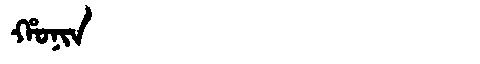
Manchu: ᡥᠣᠨᡳᠨ
Romanization: HONIN